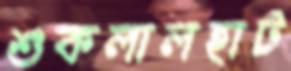
শুকলালহাট